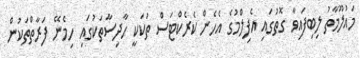
މައުލޫމާތު ލިބިފައިވާ ގޮތުގައި އެފިލްމުގެ އެހެން ކެރެކްޓަސް ތަކަކީ ހާދިސާތަކުގައި ހިމެނޭ ފަރާތްތަކުން